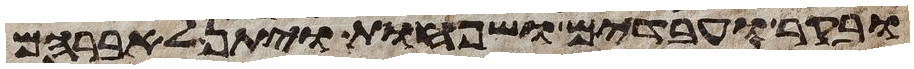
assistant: ובקר ועבדים ושפחות ויתן לאברהם